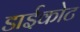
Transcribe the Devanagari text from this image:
डाईकोट